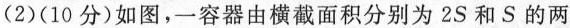
(2)(10分)如图，一容器由横截面积分别为2S和S的两